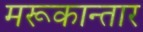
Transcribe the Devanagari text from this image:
मरूकान्तार